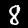
Digit: 8